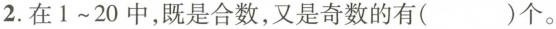
2.在1~20中，既是合数，又是奇数的有()个。